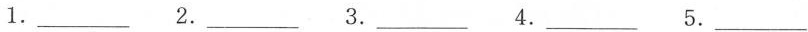
1.___ 2.___ 3.___ 4.___ 5.___